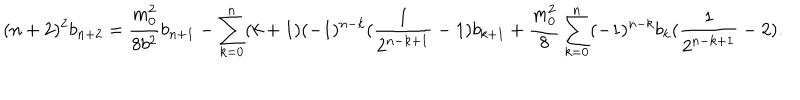
LaTeX: ( n + 2 ) ^ { 2 } b _ { n + 2 } = \frac { m _ { 0 } ^ { 2 } } { 8 b ^ { 2 } } b _ { n + 1 } - \sum _ { k = 0 } ^ { n } ( k + 1 ) ( - 1 ) ^ { n - k } ( \frac { 1 } { 2 ^ { n - k + 1 } } - 1 ) b _ { k + 1 } + \frac { m _ { 0 } ^ { 2 } } { 8 } \sum _ { k = 0 } ^ { n } ( - 1 ) ^ { n - k } b _ { k } ( \frac { 1 } { 2 ^ { n - k + 1 } } - 2 ) .